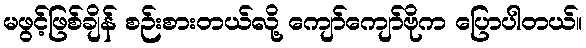
မဖွင့်ဖြစ်ချိန် စဉ်းစားတယ်လို့ ကျော်ကျော်ဗိုက ပြောပါတယ်။